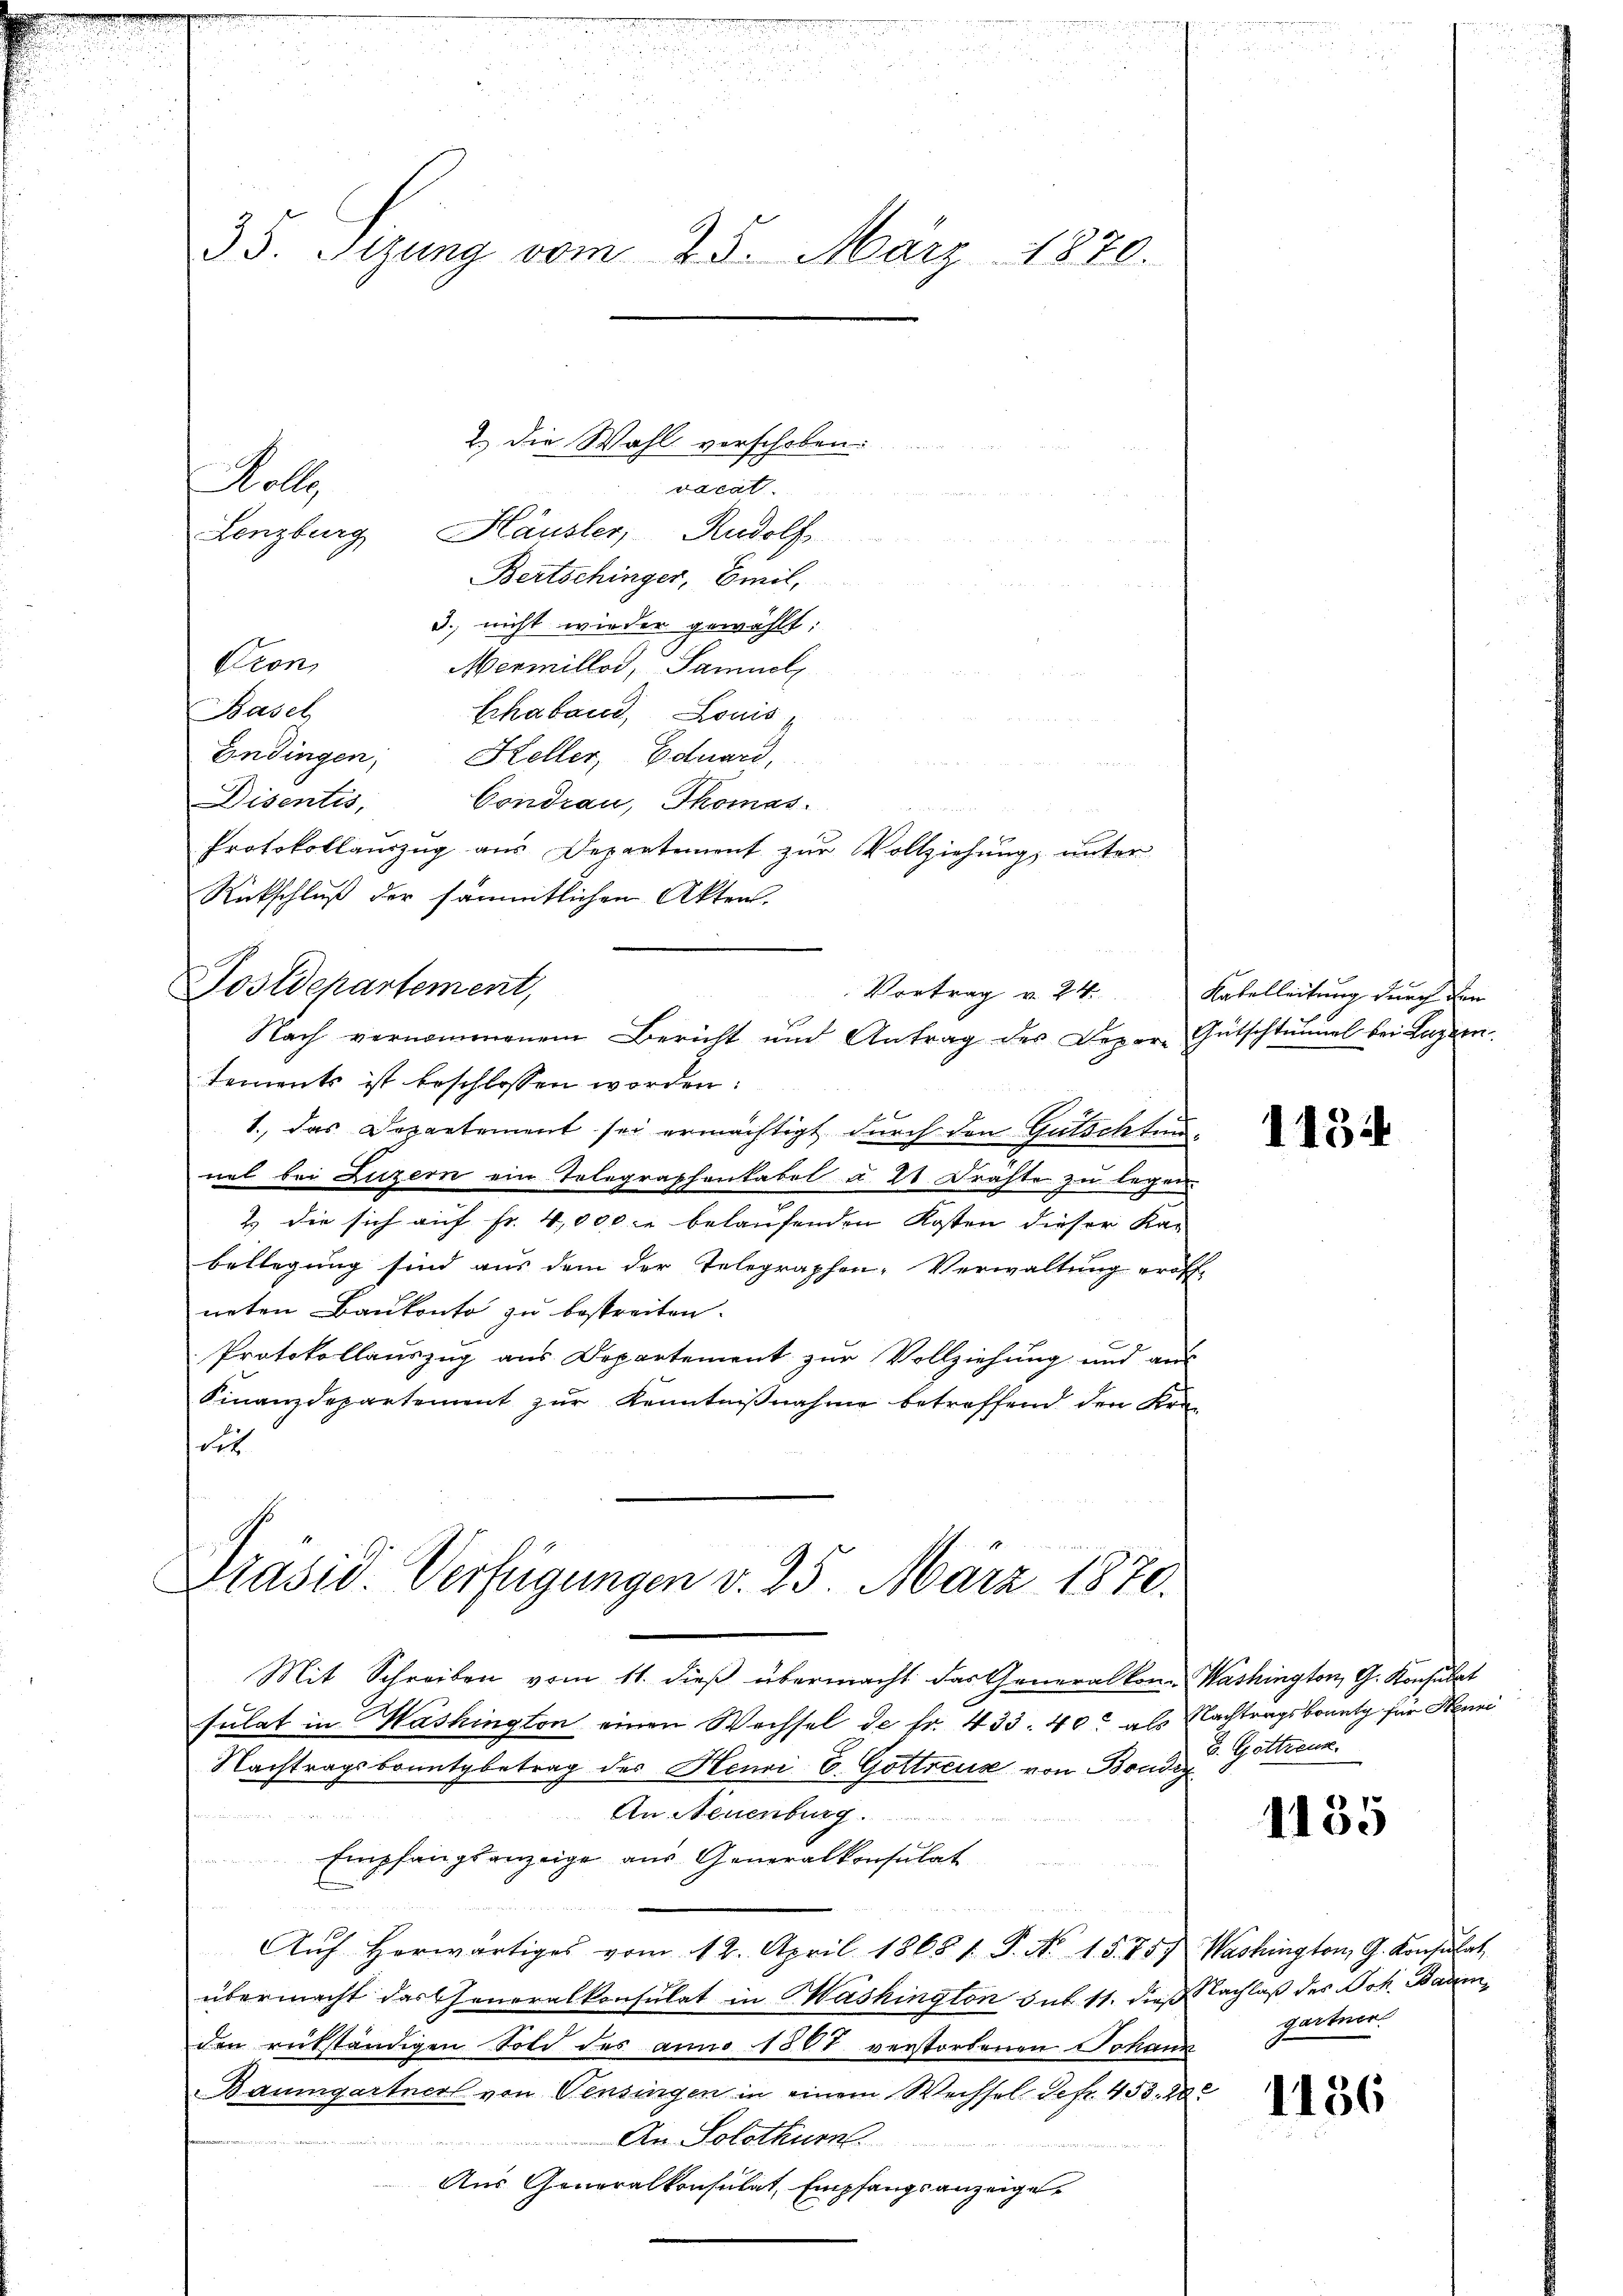
35. Sizung vom 25. März 1870.

Wolle
vacat.
Lenzburg, Häusler, Rudolf
Bertschinger, Emil,
3., nicht wieder gewählt:
Kron
Mermillos, Samuel
Basel
Schaband, Louis
Endingen; Keller, Eduard,
Disentis, Condrau, Thomas.
Rückschluß der sämmtlichen Akten.
Postdepartement,
Lements ist beschlossen worden:
2 x
1., das Departement sei ermächtigt durch den Gutschtunnel bei Luzern ein Telegraphenkabel u. 21 Dräfte zu legen.
2.) die sich auf Fr. 4,000 belaufenden Kosten dieser Ka-
bellegung sind aus dem der Telegraphen-Verwaltung eröff-
neten Baukonto zu bestreiten.
Protokollauszug aus Departement zur Vollziehung und aus
Finanzdepartement zŭr Kenntniβnahme betreffend den Kredit

2.) Die Wahl verschoben.

Protokollauszug aus Departement zur Vollziehung unter
Vortrag v. 24.
Nach vernommenem Bericht und Antrag des Bezere Gütschlummel bei Luzern

Präsid. Verfügungen v. 25. März 1870.

Mit Schreiben vom 11. dieβ übermacht das Generalkon- Washington, G. Konsulat
sulat in Washington einen Wechsel de fr. 433. 40. als Nachtragsbrautg für Henni
Nachtragsbountybetrag des Henri E. Gottreux von Band Gottrank
An Neuenburg
Empfangsanzeige aus Generalkonsulat
Aŭf herwärtiges vom 12. April 1868 1. P. Nr. 15. 75. Washington G. Konsulat
übermacht dartheneralkonsulat in Mashington sub 11. dieß Nachlaß des Joh. Baumden rükständigen Sold des anno 1807. verstorbenen Johann
Baumgartner von Pensingen in einem Wechsel defr. 453. 20
An Solothur
Aus Generalkonsulat, Empfangsanzeige

Kabelleitung durch den

113

1135

gartner

1156